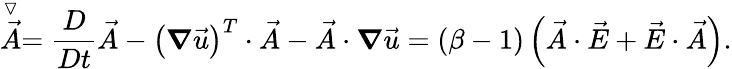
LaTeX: \stackrel{\triangledown}{\vec{A}}=\frac{D}{Dt}\vec{A}-\left(\boldsymbol{\nabla}\vec{u}\right)^{T}\cdot\vec{A}-\vec{A}\cdot\boldsymbol{\nabla}\vec{u}=\left(\beta-1\right)\left(\vec{A}\cdot\vec{E}+\vec{E}\cdot\vec{A}\right).